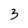
Character: 3